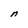
Character: n